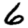
Digit: 6